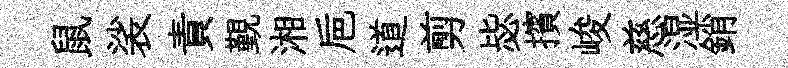
鼠裟責覲湘巵道剪毖擯峻慈湿銷